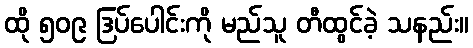
ထို ၅၀၉ ဒြပ်ပေါင်းကို မည်သူ တီထွင်ခဲ့ သနည်း။